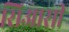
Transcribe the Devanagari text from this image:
सिआसी